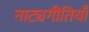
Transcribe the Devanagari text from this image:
नाट्यगीतियाँ